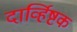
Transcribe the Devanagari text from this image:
दार्व्हिष्टक